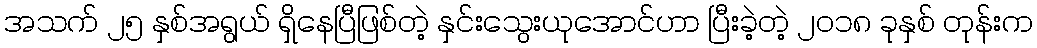
အသက် ၂၅ နှစ်အရွယ် ရှိနေပြီဖြစ်တဲ့ နှင်းသွေးယုအောင်ဟာ ပြီးခဲ့တဲ့ ၂၀၁၈ ခုနှစ် တုန်းက